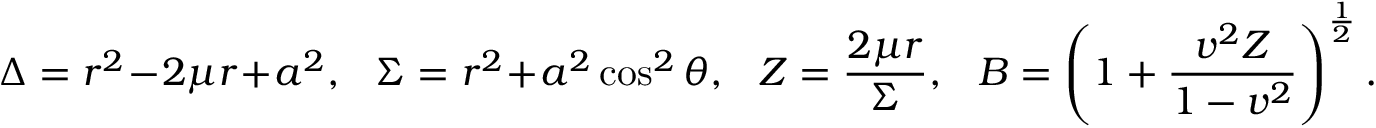
\Delta = r ^ { 2 } - 2 \mu r + a ^ { 2 } , ~ ~ ~ \Sigma = r ^ { 2 } + a ^ { 2 } \cos ^ { 2 } \theta , ~ ~ ~ Z = \frac { 2 \mu r } { \Sigma } , ~ ~ ~ B = \left( 1 + \frac { v ^ { 2 } Z } { 1 - v ^ { 2 } } \right) ^ { \frac { 1 } { 2 } } .